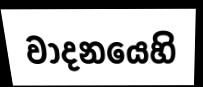
වාදනයෙහි